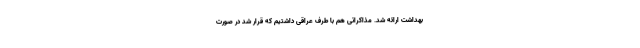
بهداشت ارائه شد. مذاکراتی هم با طرف عراقی داشتیم که قرار شد در صورت